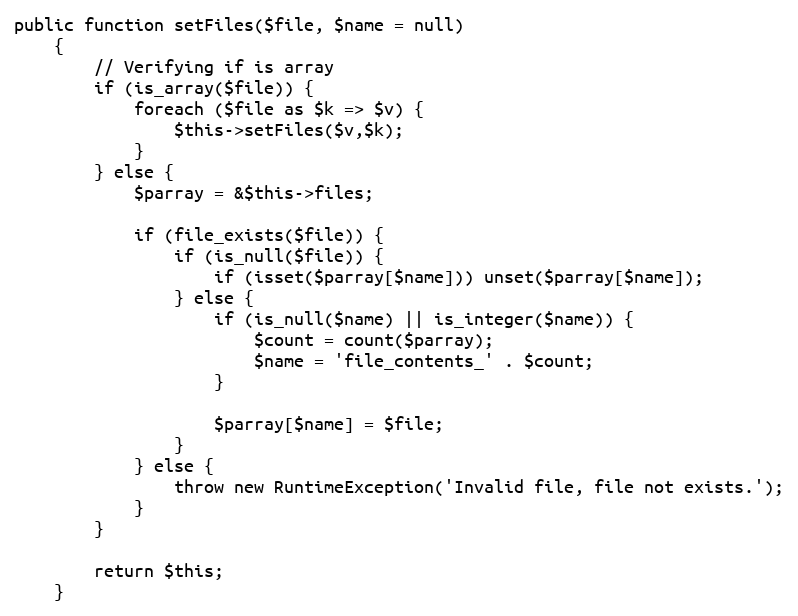
Language: PHP
public function setFiles($file, $name = null)
	{
		// Verifying if is array
		if (is_array($file)) {
			foreach ($file as $k => $v) {
				$this->setFiles($v,$k);
			}
		} else {
			$parray = &$this->files;

			if (file_exists($file)) {
				if (is_null($file)) {
					if (isset($parray[$name])) unset($parray[$name]);
				} else {
					if (is_null($name) || is_integer($name)) {
						$count = count($parray);
						$name = 'file_contents_' . $count;
					}

					$parray[$name] = $file;
				}
			} else {
				throw new RuntimeException('Invalid file, file not exists.');
			}
		}

		return $this;
	}